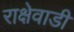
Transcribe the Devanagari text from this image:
राक्षेवाडी